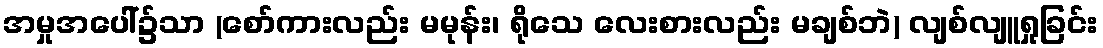
အမှုအပေါ်၌သာ (စော်ကားလည်း မမုန်း၊ ရိုသေ လေးစားလည်း မချစ်ဘဲ) လျစ်လျူရှုခြင်း